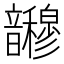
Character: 𫖜